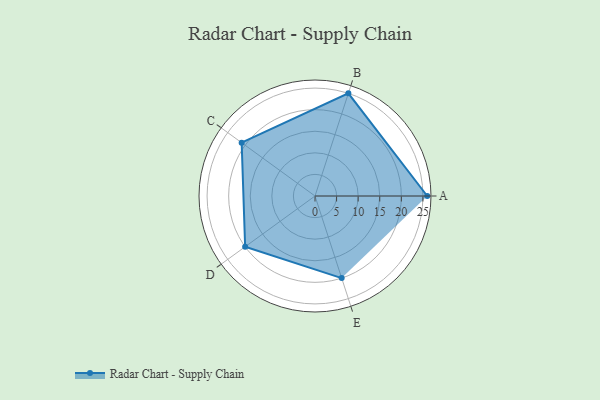
{"axis": {"x": "Skill", "y": "Score"}, "legend": ["Profile"], "data": [{"x": "A", "y": 26.0, "type": "Profile"}, {"x": "B", "y": 25.0, "type": "Profile"}, {"x": "C", "y": 21.0, "type": "Profile"}, {"x": "D", "y": 20, "type": "Profile"}, {"x": "E", "y": 20, "type": "Profile"}]}